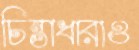
চিন্তাধারাও